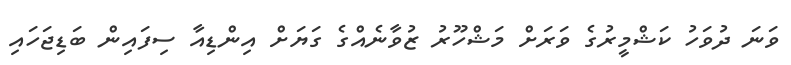
ވަނަ ދުވަހު ކަޝްމީރުގެ ވަރަށް މަޝްހޫރު ޒުވާނެއްގެ ގަޔަށް އިންޑިއާ ސިފައިން ބަޑިޖަހައި